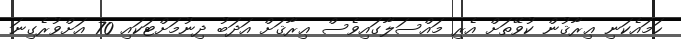
ހަމައެކަނި ޢިރާޤުން ކުވޭތަށް އެރި މައްސަލާގައިވެސް ޢިރާޤަށް އަދަބު ދިނުމަށްޓަކައި 70 އަށްވުރެގިނަ